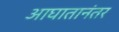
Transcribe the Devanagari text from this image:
आघातानंतर